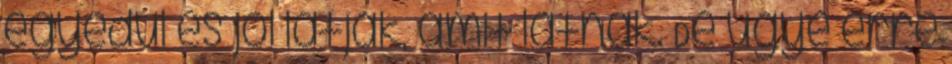
egyedül és jól látják, amit látnak. De ugye erre